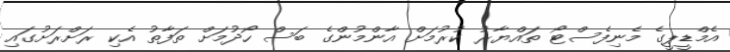
އެމްޑީޕީގެ މެނިފެސްޓޯ ތައްޔާރު ކުރުމަށް އާންމުންގެ ބަސް ހޯދުމަށް ތަފާތު އެކި ރަށްރަށުގައި